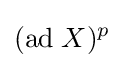
(\mathrm {ad} \;X)^{p}